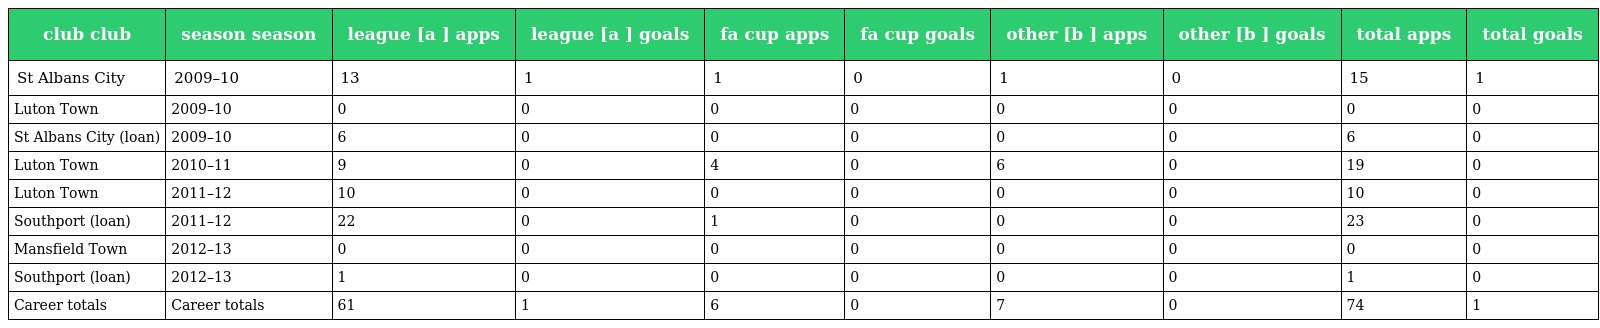
| club club | season season | league [a ] apps | league [a ] goals | fa cup apps | fa cup goals | other [b ] apps | other [b ] goals | total apps | total goals |
 | --- | --- | --- | --- | --- | --- | --- | --- | --- | --- |
 | St Albans City | 2009–10 | 13 | 1 | 1 | 0 | 1 | 0 | 15 | 1 |
 | Luton Town | 2009–10 | 0 | 0 | 0 | 0 | 0 | 0 | 0 | 0 |
 | St Albans City (loan) | 2009–10 | 6 | 0 | 0 | 0 | 0 | 0 | 6 | 0 |
 | Luton Town | 2010–11 | 9 | 0 | 4 | 0 | 6 | 0 | 19 | 0 |
 | Luton Town | 2011–12 | 10 | 0 | 0 | 0 | 0 | 0 | 10 | 0 |
 | Southport (loan) | 2011–12 | 22 | 0 | 1 | 0 | 0 | 0 | 23 | 0 |
 | Mansfield Town | 2012–13 | 0 | 0 | 0 | 0 | 0 | 0 | 0 | 0 |
 | Southport (loan) | 2012–13 | 1 | 0 | 0 | 0 | 0 | 0 | 1 | 0 |
 | Career totals | Career totals | 61 | 1 | 6 | 0 | 7 | 0 | 74 | 1 |